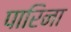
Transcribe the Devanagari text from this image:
पारिना